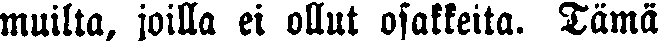
muilta, joilla ei ollut osakkeita. Tämä